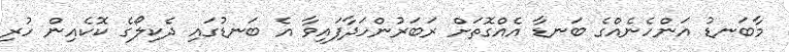
މާބަނޑު އަންހެނެއްގެ ބަނޑާ އެއްގޮތަށް ރަބަރުންހަދާފައިވާ އެ ބަނޑުގައި ދެކިލޯގެ ކޮކެއިން ހުރި